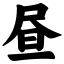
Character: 昼